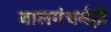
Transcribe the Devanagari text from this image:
बालगंधर्वही